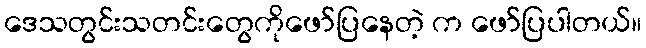
ဒေသတွင်းသတင်းတွေကိုဖော်ပြနေတဲ့ က ဖော်ပြပါတယ်။